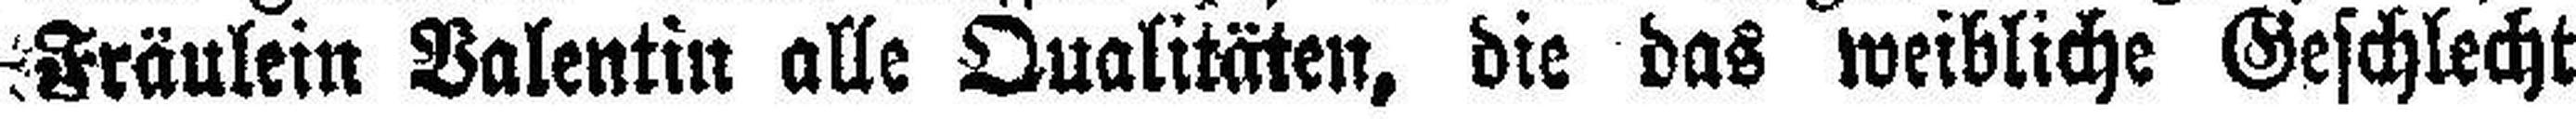
Fräulein Valentin alle Qualitäten, die das weibliche Geschlecht